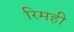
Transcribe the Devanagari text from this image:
रिमही